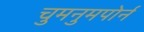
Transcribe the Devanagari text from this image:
चुमनुमपोर्न